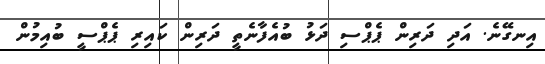
އިނގޭނެ. އަދި ދަރިން ޕެޕްސި ދަޅު ބުއެފާނެތީ ދަރިން ކައިރި ޕެޕްސީ ބުއިމުން